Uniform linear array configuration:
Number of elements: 24
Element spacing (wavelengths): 0.75
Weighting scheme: binomial
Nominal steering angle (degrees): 60
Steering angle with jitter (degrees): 59.043
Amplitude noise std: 0.05
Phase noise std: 0.05

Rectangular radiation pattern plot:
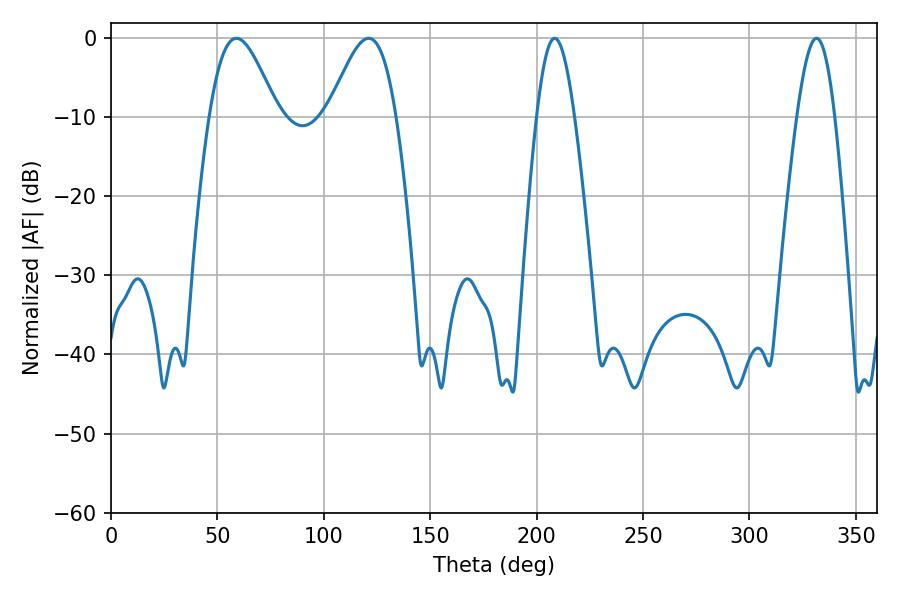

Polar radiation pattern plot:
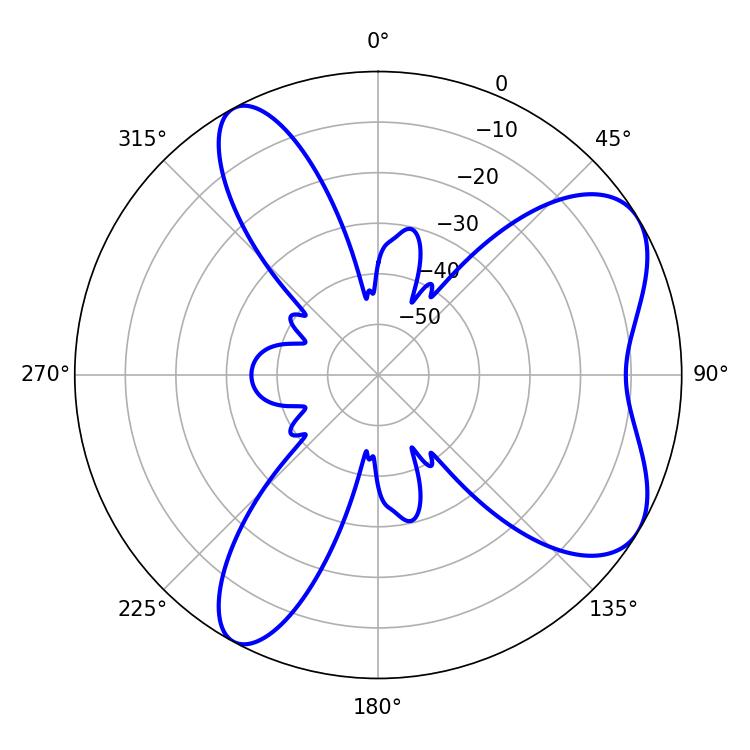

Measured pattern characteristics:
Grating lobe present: TRUE
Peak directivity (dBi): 6.779
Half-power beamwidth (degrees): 17.1
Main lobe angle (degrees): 58.86